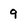
Character: 9